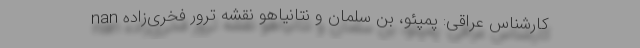
nan کارشناس عراقی: پمپئو، بن سلمان و نتانیاهو نقشه ترور فخری‌زاده